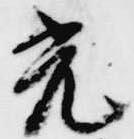
光